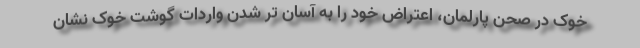
خوک در صحن پارلمان، اعتراض خود را به آسان تر شدن واردات گوشت خوک نشان